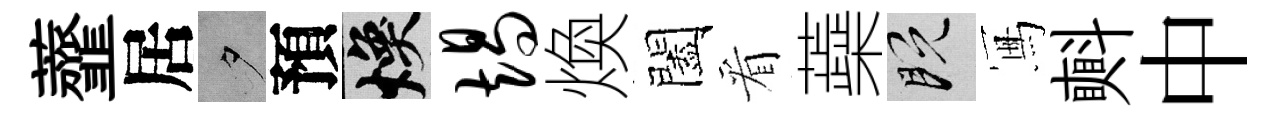
虀居夕預焕竭煥闔看蘃既冩㪺中